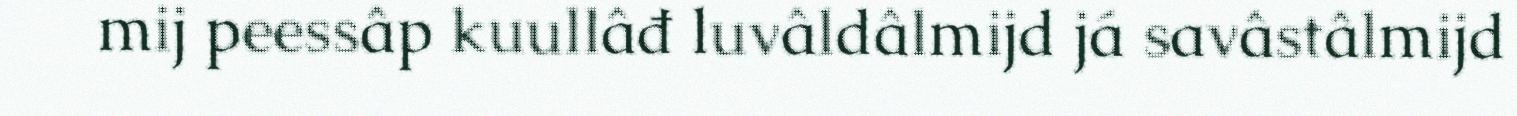
mij peessâp kuullâđ luvâldâlmijd já savâstâlmijd